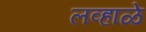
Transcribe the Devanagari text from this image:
लव्हाळे